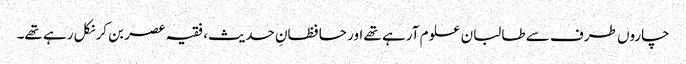
چاروں طرف سے طالبان علوم آرہے تھے اور حافظانِ حدیث، فقیہ عصر بن کر نکل رہے تھے۔